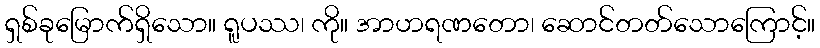
ရှစ်ခုမြောက်ရှိသော။ ရူပဿ၊ ကို။ အာဟရဏတော၊ ဆောင်တတ်သောကြောင့်။